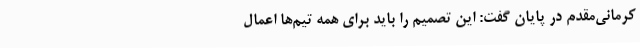
کرمانی‌مقدم در پایان گفت: این تصمیم را باید برای همه تیم‌ها اعمال